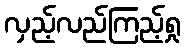
လှည့်လည်ကြည့်ရှု